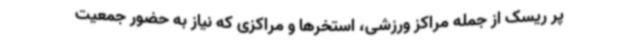
پر ریسک از جمله مراکز ورزشی، استخرها و مراکزی که نیاز به حضور جمعیت